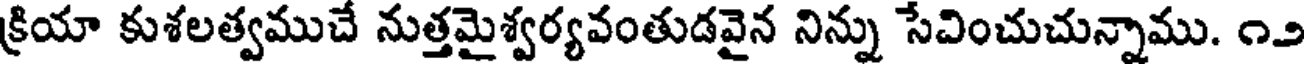
క్రియా కుశలత్వముచే నుత్తమైశ్వర్యవంతుడవైన నిన్ను సేవించుచున్నాము. ౧౨